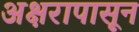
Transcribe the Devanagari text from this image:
अक्षरापासून